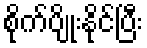
စိုက်ပျိုးနိုင်ပြီး